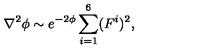
\nabla ^ { 2 } \phi \sim e ^ { - 2 \phi } \sum _ { i = 1 } ^ { 6 } ( F ^ { i } ) ^ { 2 } ,